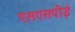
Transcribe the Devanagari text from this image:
एसएसपीई